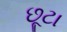
છૂટા